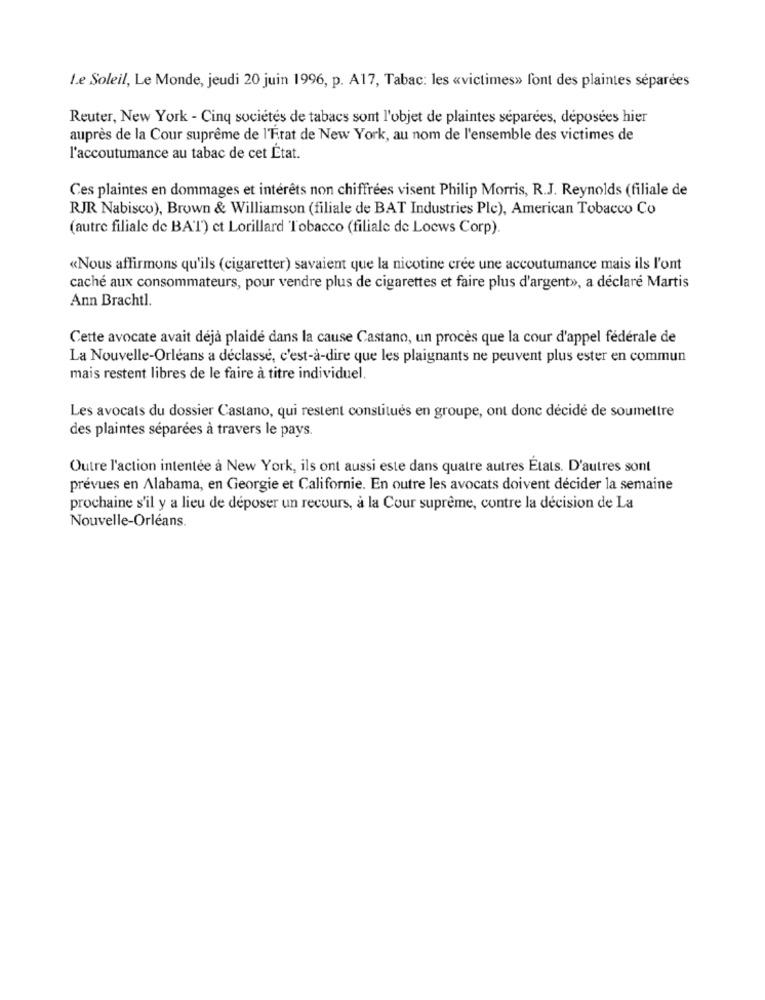
Le Soleil, Le Monde, jeudi 20 juin 1996, p. A17, Tabac: les «victimes» font des plaintes séparées
Reuter, New York - Cinq sociétés de tabacs sont l'objet de plaintes séparées, déposées hier
auprès de la Cour suprême de l'Frat de New York, au nom de l'ensemble des victimes de
l'accoutumance au tabac de cet État.
Ces plaintes en dommages et intérêts non chiffrées visent Philip Morris, R.J. Reynolds (filiale de
RJR Nabisco), Brown & Williamson (filiale de BAT Industries Ple), American Tobacco Co
(autre filiale de BAT) ct Lorillard Tobacco (filiale de Loews Corp).
«Nous affirmons qu'ils (cigaretter) savaient que la nicotine crée une accoutumance mais ils l'ont
caché aux consommateurs, pour vendre plus de cigarettes et faire plus d'argent», a déclaré Martis
Ann Brachtl.
Cette avocate avait déjà plaidé dans la cause Castano, un procès que la cour d'appel fédérale de
La Nouvelle-Orléans a déclassé, c'est-à-dire que les plaignants ne peuvent plus ester en commun
mais restent libres de le faire à titre individuel.
Les avocats du dossier Castano, qui restent constitués en groupe, ont donc décidé de soumettre
des plaintes séparées à travers le pays.
Outre l'action intentée à New York, ils ont aussi este dans quatre autres États. D'autres sont
prévues en Alabama, en Georgie et Californie. En outre les avocats doivent décider la semaine
prochaine s'il y a lieu de déposer un recours, à la Cour suprême, contre la décision de La
Nouvelle-Orléans.